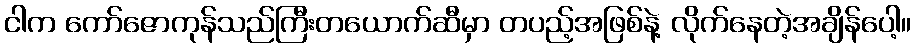
ငါက ကော်ဇောကုန်သည်ကြီးတယောက်ဆီမှာ တပည့်အဖြစ်နဲ့ လိုက်နေတဲ့အချိန်ပေါ့။